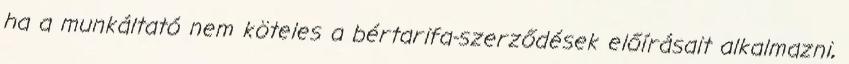
ha a munkáltató nem köteles a bértarifa-szerződések előírásait alkalmazni,